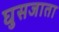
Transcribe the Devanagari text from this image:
घुसजाता